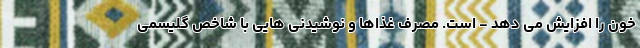
خون را افزایش می دهد - است. مصرف غذاها و نوشیدنی هایی با شاخص گلیسمی